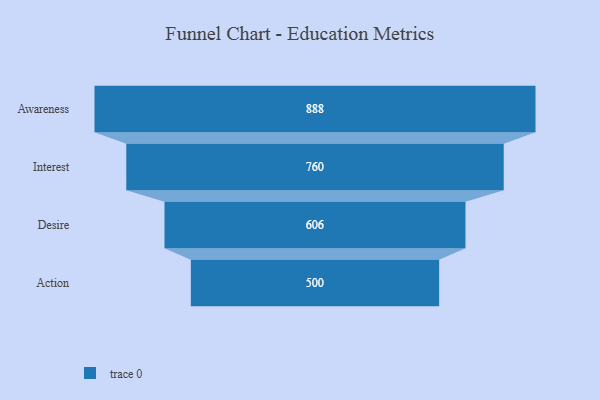
{"axis": {"x": "Stage", "y": "Value"}, "legend": [""], "data": [{"x": "Awareness", "y": 888.0, "type": ""}, {"x": "Interest", "y": 760.0, "type": ""}, {"x": "Desire", "y": 606.0, "type": ""}, {"x": "Action", "y": 500, "type": ""}]}